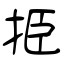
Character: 挋